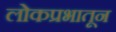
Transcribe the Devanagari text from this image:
लोकप्रभातून